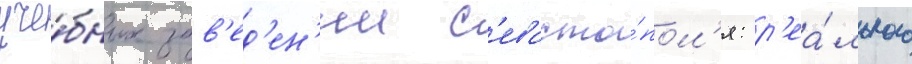
уче́бных зав'ед'ен'ии с'евасто́пол'я: р'еа́льного